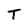
Character: T